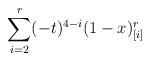
LaTeX: \begin{align*}\sum_{i=2}^{r} (-t)^{4-i}(1-x)^r_{[i]}\end{align*}